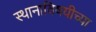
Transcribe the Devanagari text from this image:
स्थानाविषयीच्या